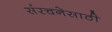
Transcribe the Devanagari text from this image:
संरचनेसाठी